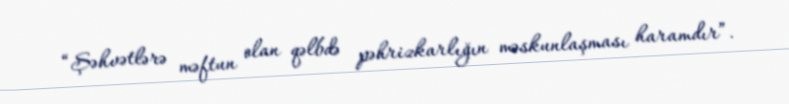
“Şəhvətlərə məftun olan qəlbdə pəhrizkarlığın məskunlaşması haramdır”.